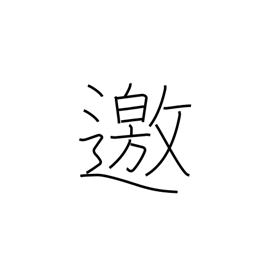
Meaning: go to meet